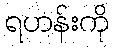
ရဟန်းကို